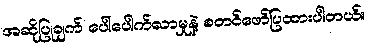
အဆိုပြုချက် ပေါ်ပေါက်လာမှုနဲ့ စတင်ဖော်ပြထားပါတယ်။